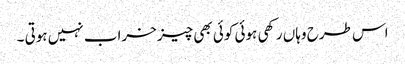
اس طرح وہاں رکھی ہوئی کوئی بھی چیز خراب نہیں ہوتی ۔